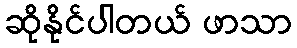
ဆိုနိုင်ပါတယ် ဖာသာ